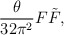
\begin{align*}\frac {\theta}{32 \pi^2} F \tilde{F},\end{align*}